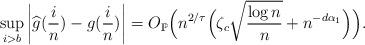
LaTeX: \begin{align*}\sup_{i>b} \left| \widehat{g}(\frac{i}{n})-g(\frac{i}{n})\right| =O_{\mathbb{P}}\Big( n^{2/\tau}\Big(\zeta_c \sqrt{\frac{\log n}{n}}+n^{-d\alpha_1} \Big) \Big).\end{align*}